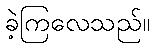
ခဲ့ကြလေသည်။